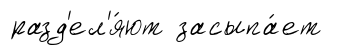
разд'ел'я́ют засыпа́ет